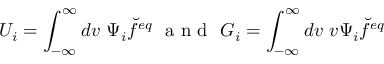
U _ { i } = \int _ { - \infty } ^ { \infty } d v \ \Psi _ { i } \breve { f } ^ { e q } \ \textrm { a n d } \ G _ { i } = \int _ { - \infty } ^ { \infty } d v \ v \Psi _ { i } \breve { f } ^ { e q }